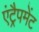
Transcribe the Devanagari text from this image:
एंट्रैपमेंट